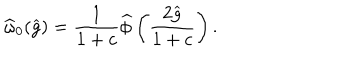
\widehat { \omega } _ { 0 } ( \widehat { g } ) = \frac { 1 } { 1 + c } \widehat { \phi } \left( \frac { 2 \widehat { g } } { 1 + c } \right) .